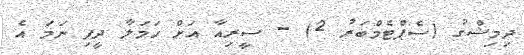
ދިމިޝްގު (ސެޕްޓެމްބަރު 2) - ސީރިއާ އަށް ހަމަލާ ދީފި ނަމަ އެ